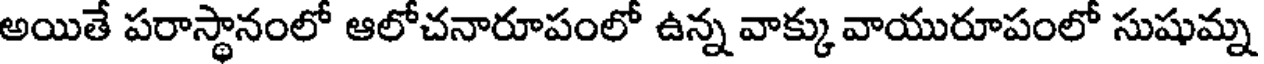
అయితే పరాస్థానంలో ఆలోచనారూపంలో ఉన్న వాక్కు వాయురూపంలో సుషుమ్న